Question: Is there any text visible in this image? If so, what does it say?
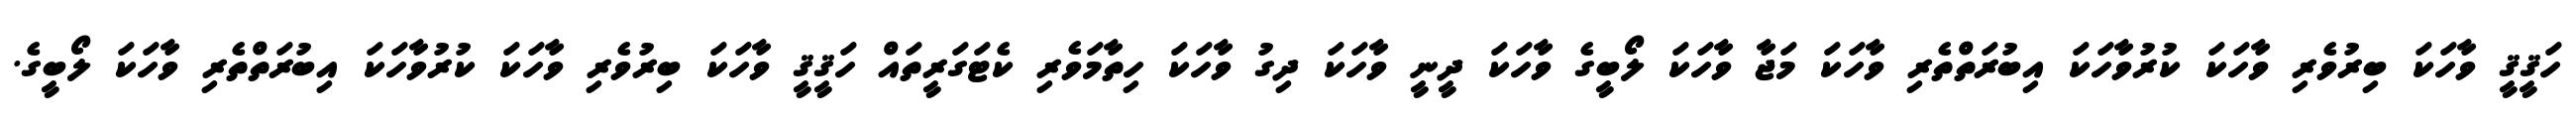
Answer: ހަޤީޤީ ވާހަކަ ބިރުވެރި ވާހަކަ ކުރުވާހަކަ އިބުރަތްތެރި ވާހަކަ މަޖާ ވާހަކަ ލޯބީގެ ވާހަކަ ދީނީ ވާހަކަ ދިގު ވާހަކަ ހިތާމަވެރި ކެޓަގަރީތައް ހަޤީޤީ ވާހަކަ ބިރުވެރި ވާހަކަ ކުރުވާހަކަ އިބުރަތްތެރި ވާހަކަ ލޯބީގެ.